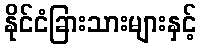
နိုင်ငံခြားသားများနှင့်